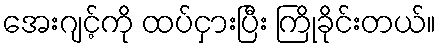
အေးဂျင့်ကို ထပ်ငှားပြီး ကြိုခိုင်းတယ်။